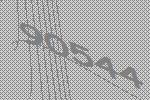
90544